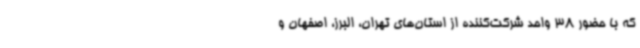
که با حضور 38 واحد شرکت‌کننده از استان‌های تهران، البرز، اصفهان و